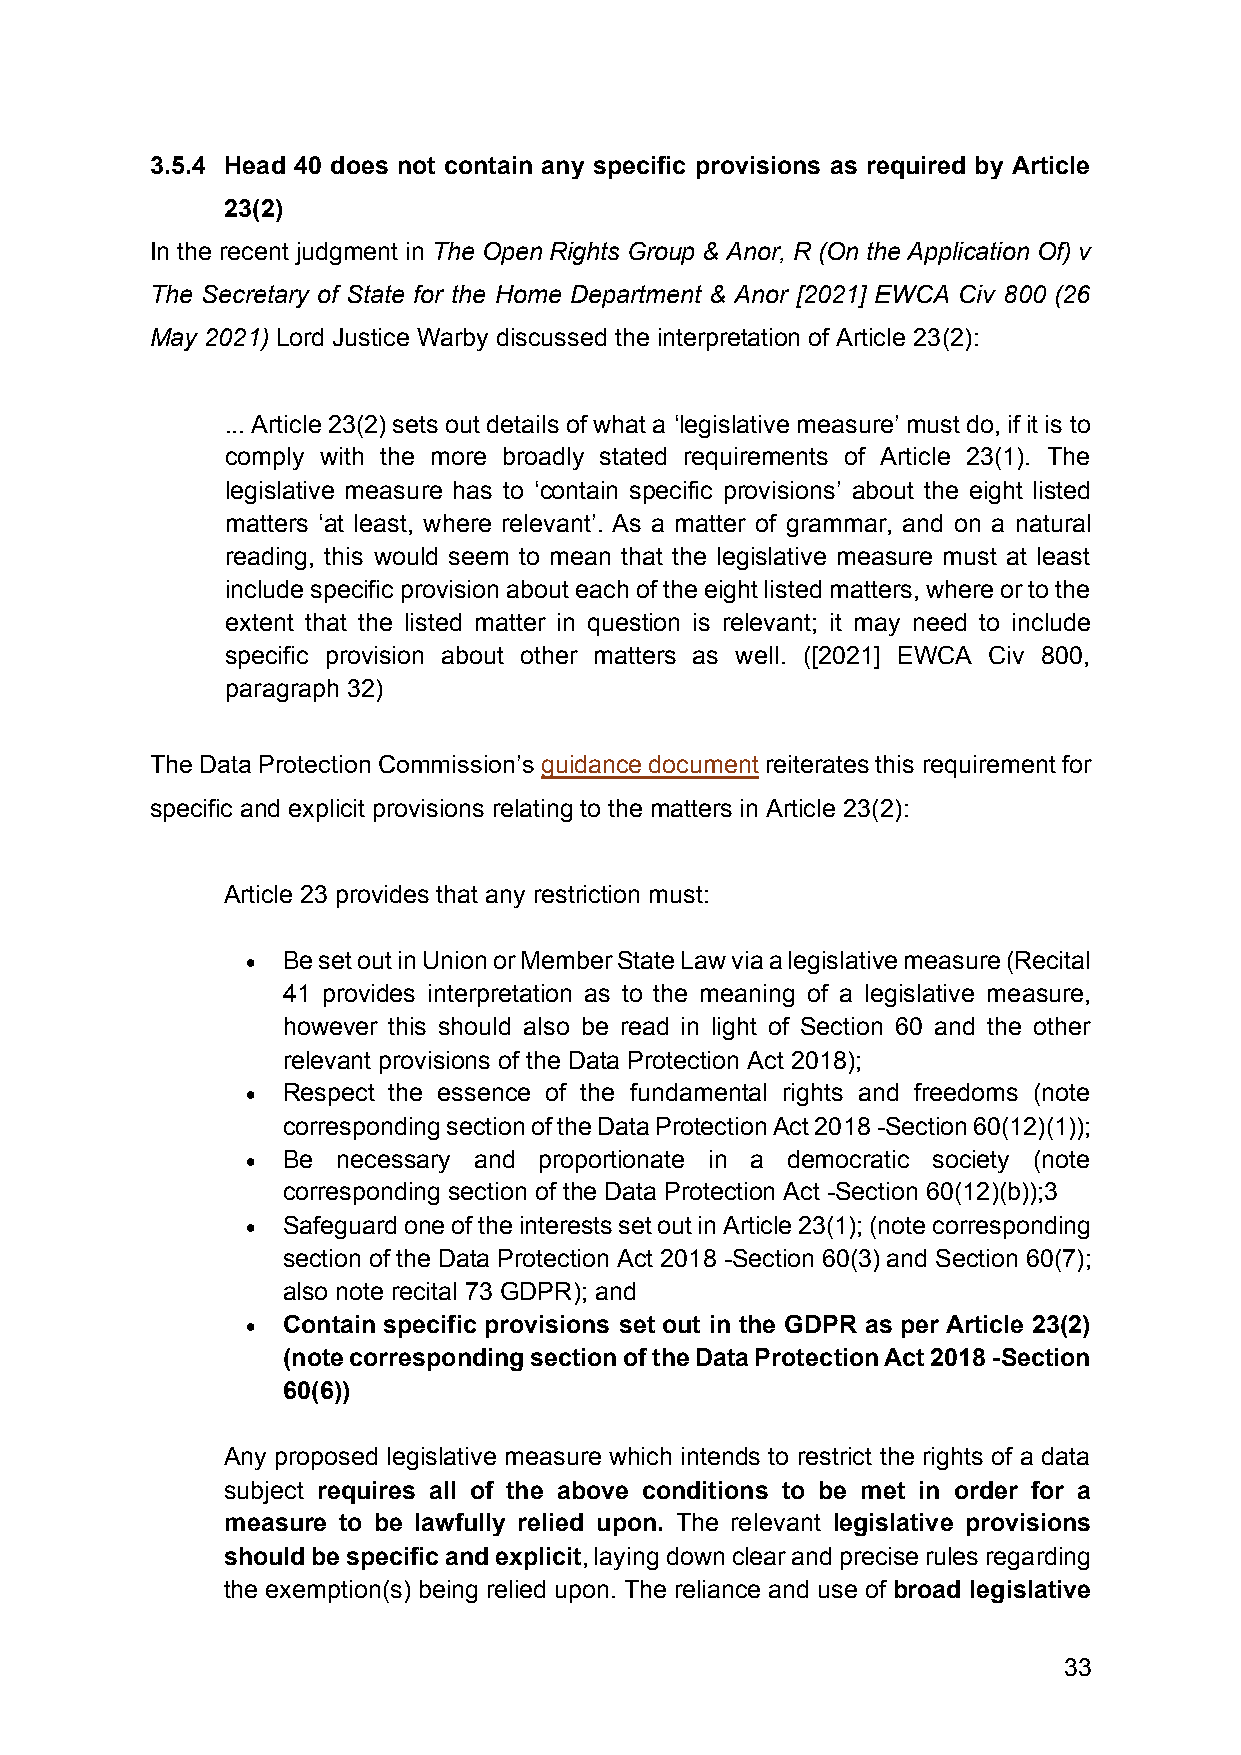
3.5.4 Head 40 does not contain any specific provisions as required by Article
 23(2)
 In the recent judgment in The Open Rights Group & Anor, R (On the Application Of) v
 The Secretary of State for the Home Department & Anor [2021] EWCA Civ 800 (26
 May 2021) Lord Justice Warby discussed the interpretation of Article 23(2):
 ... Article 23(2) sets out details of what a ‘legislative measure’ must do, if it is to
 comply with the more broadly stated requirements of Article 23(1). The
 legislative measure has to ‘contain specific provisions’ about the eight listed
 matters ‘at least, where relevant’. As a matter of grammar, and on a natural
 reading, this would seem to mean that the legislative measure must at least
 include specific provision about each of the eight listed matters, where or to the
 extent that the listed matter in question is relevant; it may need to include
 specific provision about other matters as well. ([2021] EWCA Civ 800,
 paragraph 32)
 The Data Protection Commission’s guidance document reiterates this requirement for
 specific and explicit provisions relating to the matters in Article 23(2):
 Article 23 provides that any restriction must:
 •  Be set out in Union or Member State Law via a legislative measure (Recital
 41 provides interpretation as to the meaning of a legislative measure,
 however this should also be read in light of Section 60 and the other
 relevant provisions of the Data Protection Act 2018);
 •  Respect the essence of the fundamental rights and freedoms (note
 corresponding section of the Data Protection Act 2018 -Section 60(12)(1));
 •  Be necessary and proportionate in a democratic society (note
 corresponding section of the Data Protection Act -Section 60(12)(b));3
 •  Safeguard one of the interests set out in Article 23(1); (note corresponding
 section of the Data Protection Act 2018 -Section 60(3) and Section 60(7);
 also note recital 73 GDPR); and
 •  Contain specific provisions set out in the GDPR as per Article 23(2)
 (note corresponding section of the Data Protection Act 2018 -Section
 60(6))
 Any proposed legislative measure which intends to restrict the rights of a data
 subject requires all of the above conditions to be met in order for a
 measure to be lawfully relied upon. The relevant legislative provisions
 should be specific and explicit, laying down clear and precise rules regarding
 the exemption(s) being relied upon. The reliance and use of broad legislative
 33